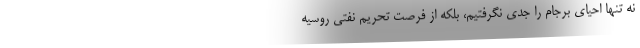
نه تنها احیای برجام را جدی نگرفتیم، بلكه از فرصت تحریم نفتی روسیه